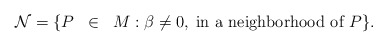
\begin{align*}\mathcal{N}=\{P\;\;\in\;\;M:\beta\neq0,\;\mbox{in a neighborhood of $P$}\}.\end{align*}